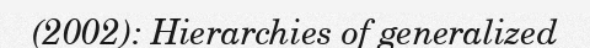
(2002): Hierarchies of generalized